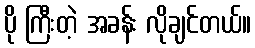
ပို ကြီးတဲ့ အခန်း လိုချင်တယ်။